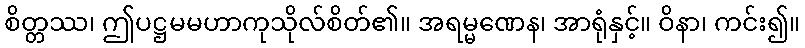
စိတ္တဿ၊ ဤပဋ္ဌမမဟာကုသိုလ်စိတ်၏။ အရမ္မဏေန၊ အာရုံနှင့်။ ဝိနာ၊ ကင်း၍။